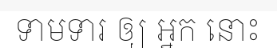
ទាមទារ ឲ្យ អ្នក នោះ